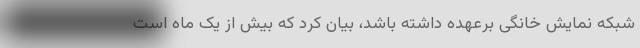
شبکه نمایش خانگی برعهده داشته باشد، بیان کرد که بیش از یک ماه است